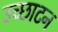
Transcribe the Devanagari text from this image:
उच्छाटन